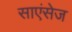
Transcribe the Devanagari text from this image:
साएंसेज